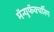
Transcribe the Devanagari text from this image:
मॅन्युफॅक्‍चरिंग